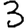
Digit: 3